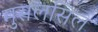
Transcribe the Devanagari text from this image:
मुसलसिल